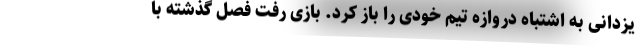
یزدانی به اشتباه دروازه تیم خودی را باز کرد. بازی رفت فصل گذشته با